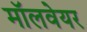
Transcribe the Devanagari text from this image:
मॉलवेयर